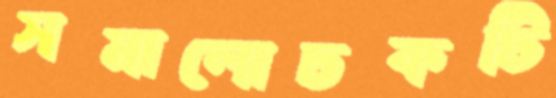
সমালোচকটি